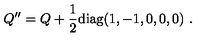
Q ^ { \prime \prime } = Q + { \frac { 1 } { 2 } } \mathrm { d i a g } ( 1 , - 1 , 0 , 0 , 0 ) \ . \nonumber